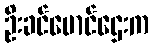
ဦးခင်မောင်ဌေးက